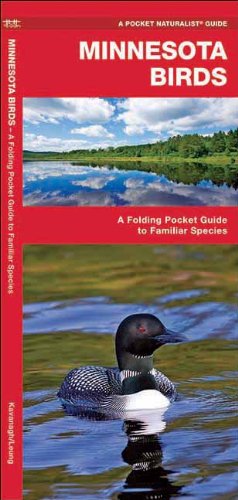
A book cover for Minnesota Birds: A Folding Pocket Guide to Familiar Species (Pocket Naturalist Guide Series); James Kavanagh; Travel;